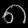
Digit: ၈